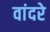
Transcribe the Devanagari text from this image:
वांदरे